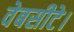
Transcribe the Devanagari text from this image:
वेबसीटे।